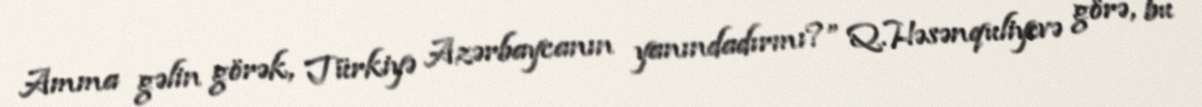
Amma gəlin görək, Türkiyə Azərbaycanın yanındadırmı?” Q.Həsənquliyevə görə, bu